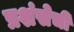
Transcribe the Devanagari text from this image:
प्रशंसेची